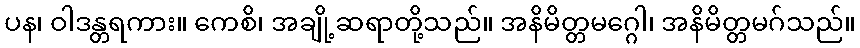
ပန၊ ဝါဒန္တရကား။ ကေစိ၊ အချို့ဆရာတို့သည်။ အနိမိတ္တမဂ္ဂေါ၊ အနိမိတ္တမဂ်သည်။